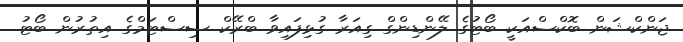
ޖަންކްޝަން ބޮކްސްއަކީ ބޯޓުގެ ލޭންޑިންގް ގިއަރާ ގުޅިފައިވާ ބްރޭކް ސިސްޓަމްގެ އިތުރުން ބޯޓު